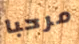
مرحبا